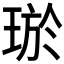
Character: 𤥽